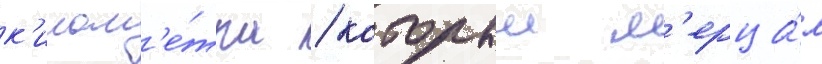
к'илом'е́тра / которыи м'ерца́л